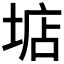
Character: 𡌽